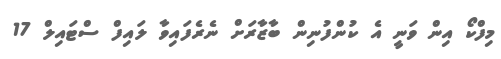
މިފްކޯ އިން ވަނީ އެ ކުންފުނިން ބާޒާރަށް ނެރެފައިވާ ލައިފް ސްޓައިލް 17